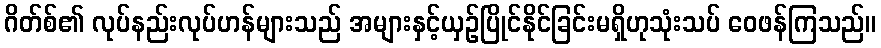
ဂိတ်စ်၏ လုပ်နည်းလုပ်ဟန်များသည် အများနှင့်ယှဉ်ပြိုင်နိုင်ခြင်းမရှိဟုသုံးသပ် ဝေဖန်ကြသည်။